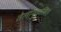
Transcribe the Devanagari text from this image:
तेलानुकूलित